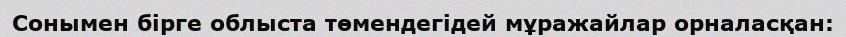
Сонымен бірге облыста төмендегідей мұражайлар орналасқан: